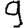
Digit: 9